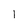
Character: 1